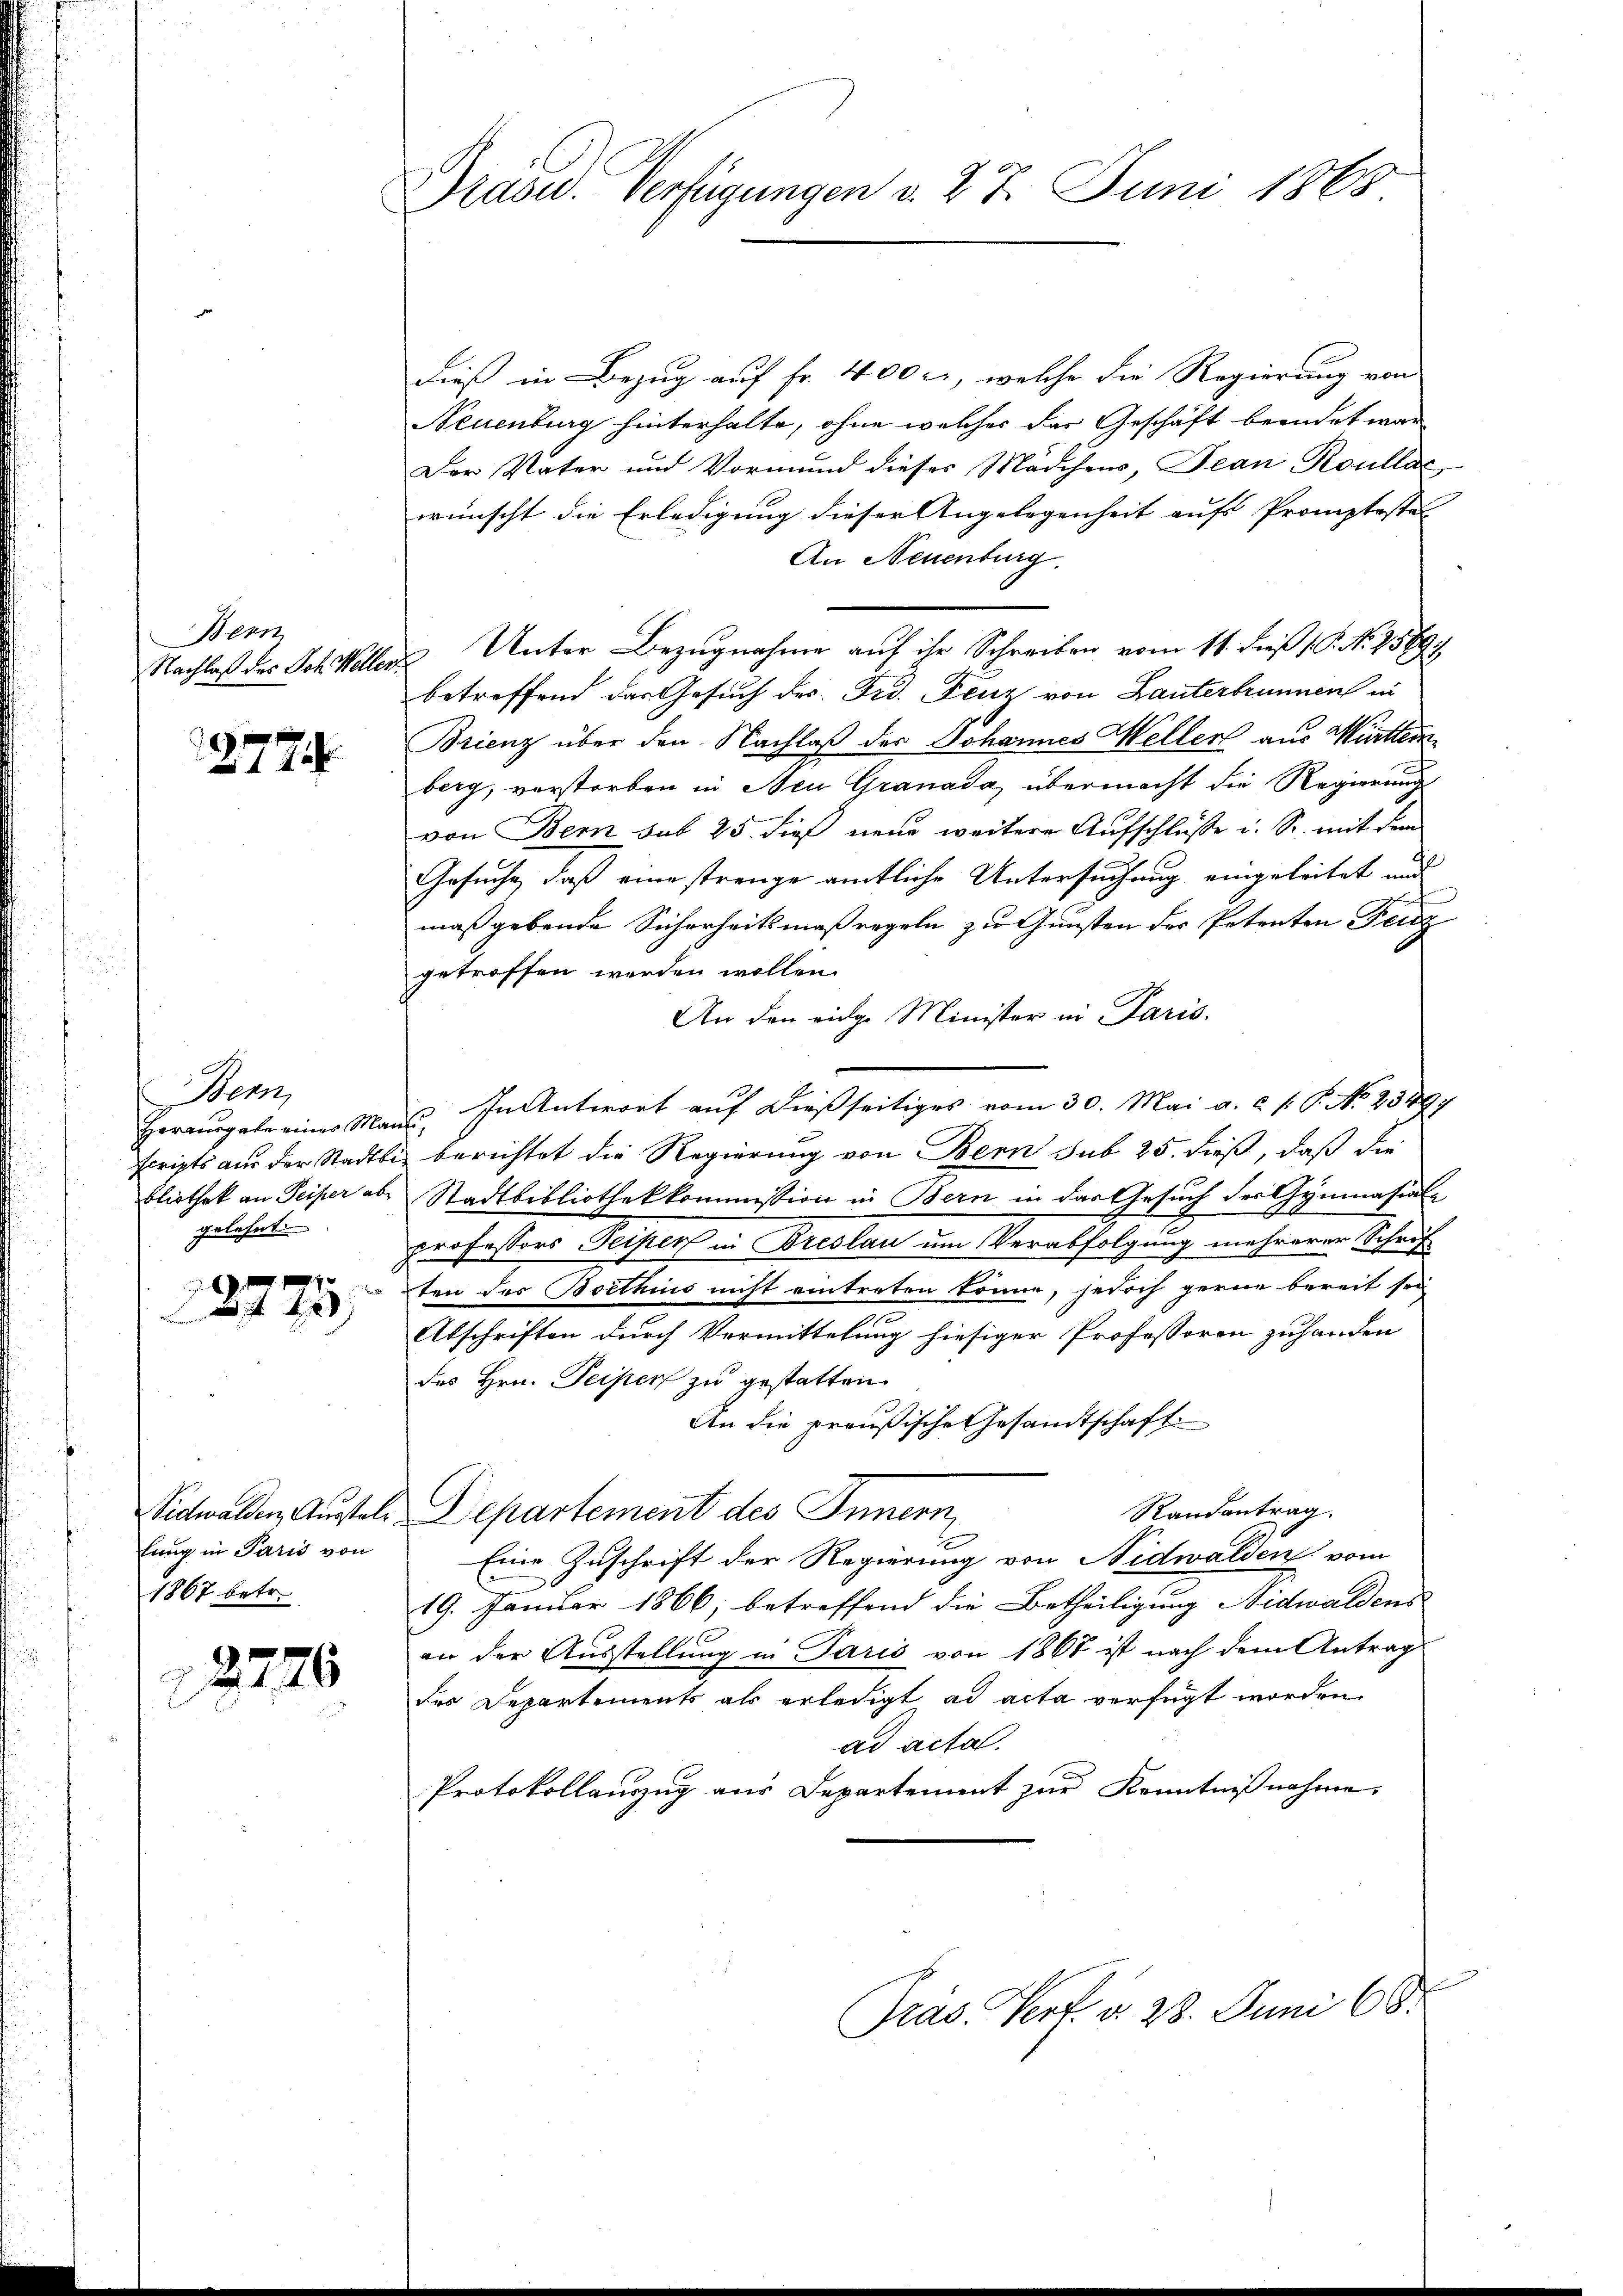
Bern
Nachlaß des Joh. Weller

277

Bern,
gelehnt.
0
 4x

lung in Paris von
1867 betr.
12720

Präsid.. Verfügungen v. 27. Juni 1865

dieß in Bezug auf Fr. 400 l., welche die Regierung von
Neuenburg hinterhalte, ohne welches das Geschäft beendet war
Der Vater und Vormund dieses Mädchens, Jean Roullat
wünscht die Erledigung dieser Angelegenheit aufs Promptestel
An Neuenburg.
Unter Bezugnahme auf ihr Schreiben vom 11. dieß P. Nr. 1589/
betreffend das Gesuch des Frd. Fenz von Danterbrunnen in
Brienz über den Nachlaß des Johannes Weller aus Wittern
berg, verstorben in Neu Granada, übermacht die Regierung
von Bern sub 25. dieß neue weitere Aufschlüsse u. S. mit dem
Gesuche, daß eine strenge amtliche Untersuchung eingeleitet und
maßgebende Sicherheitsmaßregeln zu Gunsten der Petenten Feig
getroffen werden wollen.
An den eidge Minister in Paris.
Heraŭsgabe einer Mans. In Antwort aŭf dießseitiges vom 30. Mai a. c. s. S. No. 23497
scripts aus der Stadtli berichtet die Regierung von Bern sub 25. dieß, daß die
bliothek an Seiper aber Stadtbibliothekkommission in Bern in das Gesuch der Gymnasial-
professors Peiper in Breslau um Verabfolgung mehrerer Schrift
ten des Beethius nicht eintreten könne, jedoch gerne bereit sei
Abschriften durch Vermittelung hiesiger Professoren zuhanden
des Hrn. Peipen zu gestatten
An die preußische Gesandtschaft.
Randantrag.
Nidwalden Austel. Departement des Innern,
.
Eine Zuschrift der Regierung von Nidwalden vom
19. Januar 1866, betreffend die Betheiligung Nidwaldens
an der Ausstellung in Paris von 1867 ist nach dem Antrag
des Departements als erledigt ad acta verfügt worden.
ad acta.
Protokollauszug aus Departement zur Kenntnißnahme,

Präs. Pert. d. 28. Juni 18.